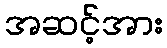
အဆင့်အား